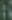
: